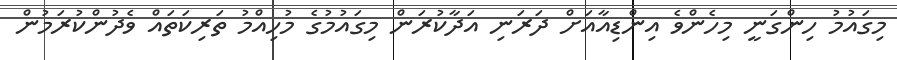
މިގައުމު ހިންގަނީ މިހެންވެ އިންޑިއާއަށް ދަރަނި އަދާކުރަން މިގައުމުގެ މުހިއްމު ތަރިކަތައް ވެދުންކުރަމުން